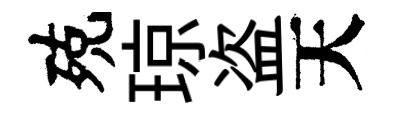
殑琼盗天